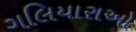
ગલિયારાઓ